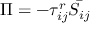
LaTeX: \Pi = - \tau _ { i j } ^ { r } { \bar { S _ { i j } } }